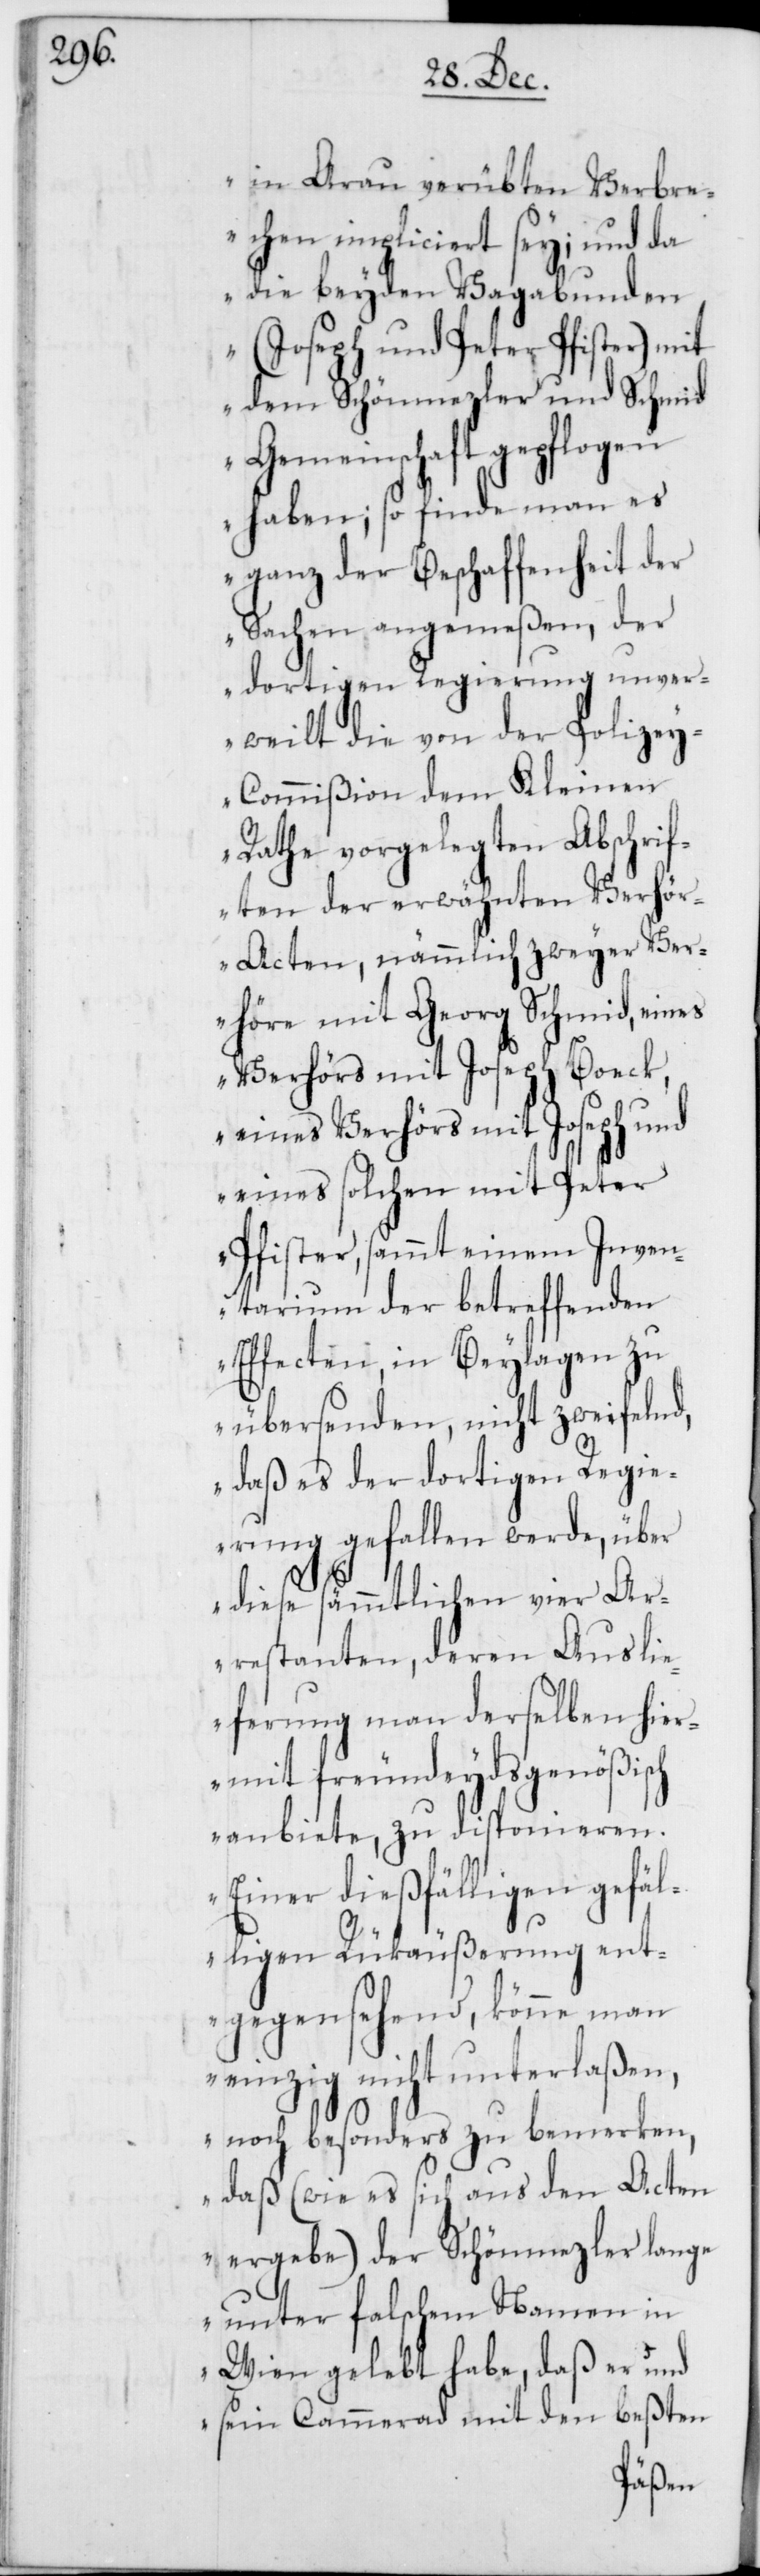
in Arau verübten Verbr¬
echen impliciert sey; und da
die beyden Vagabunden
(Joseph und Peter Pfister) mit
dem Schönmezler und Schmid
Gemeinschaft gepflogen
haben; so finde man es
ganz der Beschaffenheit der
Sachen angemeßen, der
dortigen Regierung unver¬
weilt die von der Polize¬
y-Commißion dem Kleinen
Rathe vorgelegten Abschrif¬
ten der erwähnten Verhö¬
r-Acten, nämmlich zweyer Ver¬
höre mit Georg Schmid, eines
Verhörs mit Joseph Boeck,
eines Verhörs mit Joseph und
eines solchen mit Peter
Pfister, sammt einem Inven¬
tarium der betreffenden
Effecten, in Beylagen zu
übersenden, nicht zweifelnd,
daß es der dortigen Regie¬
rung gefallen werde, über
diese sämmtlichen vier Ar¬
restanten, deren Ausli¬
eferung man derselben hier¬
mit freuneydsgenößisch
anbiete, zu disponieren.
Einer dießfälligen gefäl¬
ligen Rükäußerung ent¬
gegensehend, könne man
einzig nicht unterlaßen,
noch besonders zu bemerken,
daß (wie es sich aus den Acten
ergebe) der Schönmezler lange
unter falschem Namen in
Wien gelebt habe, daß er und
sein Cammerad mit den beßten